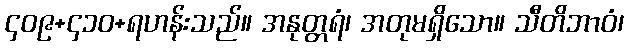
၄၀၉+၄၁၀+ရဟန်းသည်။ အနုတ္တရံ၊ အတုမရှိသော။ သီတိဘာဝံ၊